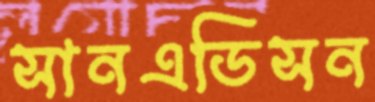
সানএডিসন